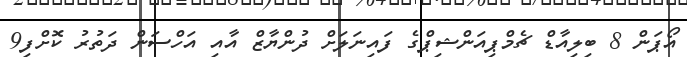
އޯޕަން 8 ބިލިއާޑް ޗެމްޕިއަންޝިޕްގެ ފައިނަލަށް ދުންޔާޒް އާއި އަހްސަން ދަތުރު ކޮށްފި9